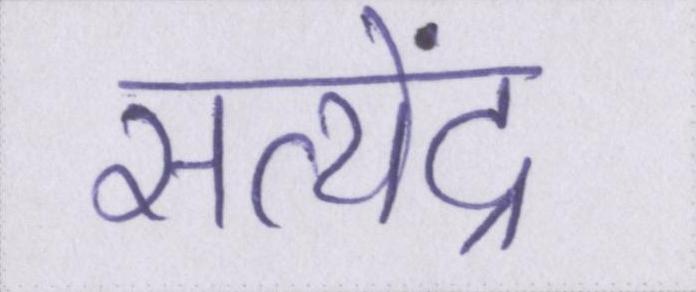
सत्येंद्र